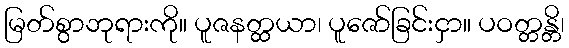
မြတ်စွာဘုရားကို။ ပူဇနတ္ထယာ၊ ပူဇော်ခြင်းငှာ။ ပဝတ္တန္တိ၊